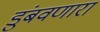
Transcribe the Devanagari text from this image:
डुंबवणारा